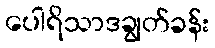
ပေါရိသာဒချွတ်ခန်း